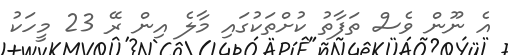
އެ ނޫން ވެސް ތަފާތު ކުށްތަކުގައި މާލެ އިން ރޭ 23 މީހަކު